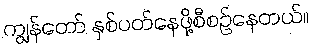
ကျွန်တော် နှစ်ပတ်နေဖို့စီစဉ်နေတယ်။